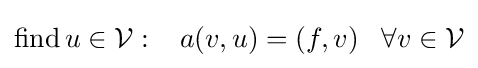
{\text{find}}\,u\in {\mathcal {V}}:\;\;\;a(v,u)=(f,v)\;\;\;\forall v\in {\mathcal {V}}